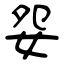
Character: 妴